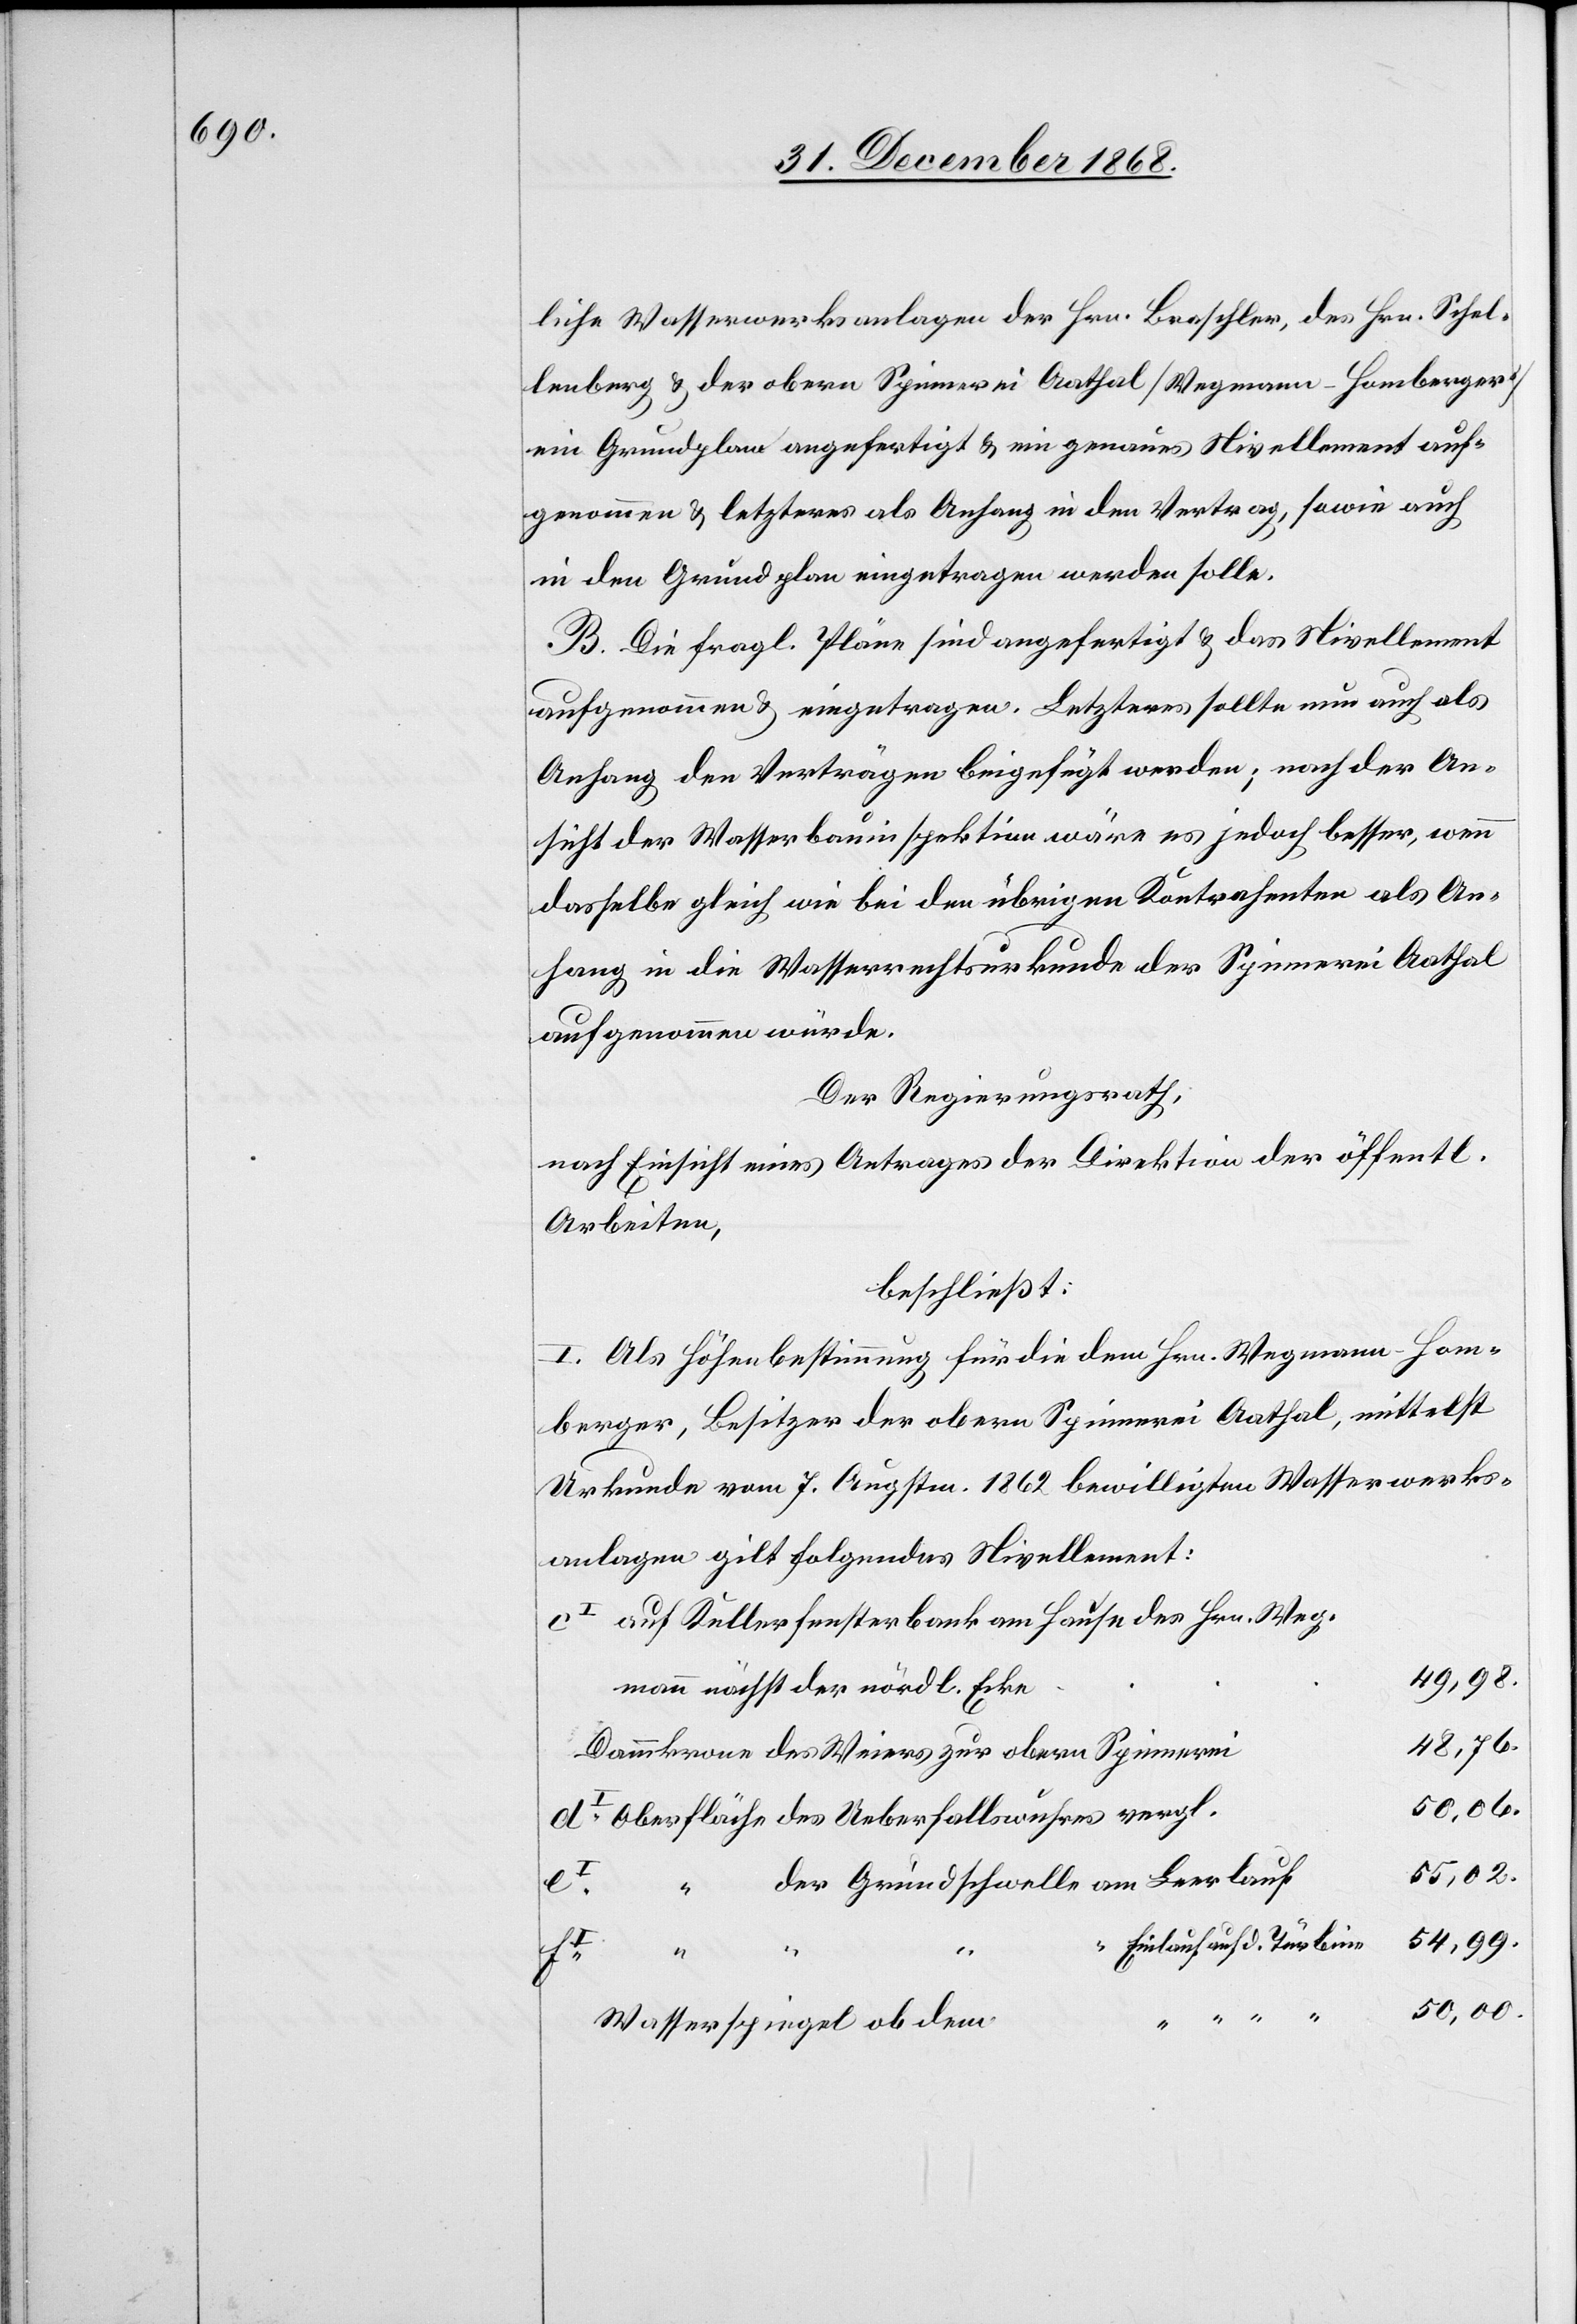
liche Wasserwerksanlagen der Hrn. Braschler, des Hrn. Schel¬
lenberg & der obern Spinnerei Aathal [Wegmann-Homberger]
ein Grundplan angefertigt & ein genaues Nivellement auf¬
genommen & letzteres als Anhang in den Vertrag, sowie auch
in den Grundplan eingetragen werden solle.
B. Die fragl. Pläne sind angefertigt & das Nivellement
aufgenommen & eingetragen. Letzteres sollte nun auch als
Anhang den Verträgen beigefügt werden; nach der An¬
sicht der Wasserbauinspektion wäre es jedoch besser, wenn
dasselbe gleich wie bei den übrigen Kontrahenten als An¬
hang in die Wasserrechtsurkunde der Spinnerei Aathal
aufgenommen würde.
Der Regierungsrath,
nach Einsicht eines Antrages der Direktion der öffentl.
Arbeiten,
beschließt:
I. Als Höhenbestimmung für die dem Hrn. Wegmann-Hom¬
berger, Besitzer der obern Spinnerei Aathal, mittelst
Urkunde vom 7. Augstm. 1862 bewilligten Wasserwerks¬
anlagen gilt folgendes Nivellement:
auf Kellerfensterbank am Hause des Hrn. Weg¬
49,98.
mann nächst der nördl. Ecke
48,76.
Dammkrone des Weiers zur obern Spinnerei
50,06.
Oberfläche des Ueberfallswuhres vergl.
55,02.
“ der Grundschwelle am Leerlauf
54,99.
“ Einlauf auf d. Türbine
“
50,00.
Wasserspiegel ob dem